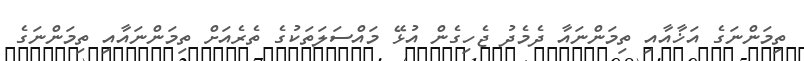
ތިމަންނަގެ އަޚާއާއި ތިމަންނައާ ދެމެދު ޖެހިގެން އުޅޭ މައްސަލަތަކުގެ ތެރެއަށް ތިމަންނައާއި ތިމަންނަގެ